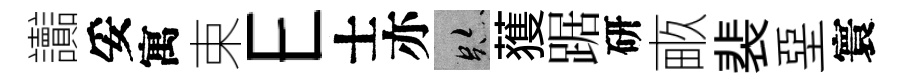
讟妥寓束E士亦跡𫉬踞研畞裴堊寰